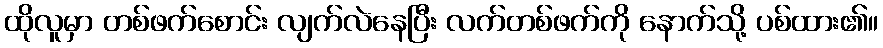
ထိုလူမှာ တစ်ဖက်စောင်း လျက်လဲနေပြီး လက်တစ်ဖက်ကို နောက်သို့ ပစ်ထား၏။